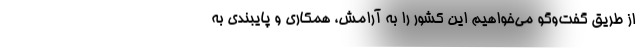
از طریق گفت‌وگو می‌خواهیم این کشور را به آرامش، همکاری و پایبندی به